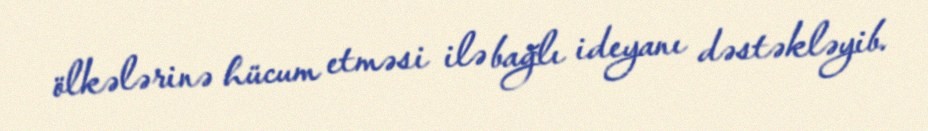
ölkələrinə hücum etməsi ilə bağlı ideyanı dəstəkləyib.